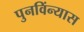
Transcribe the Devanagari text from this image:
पुनविंन्यास